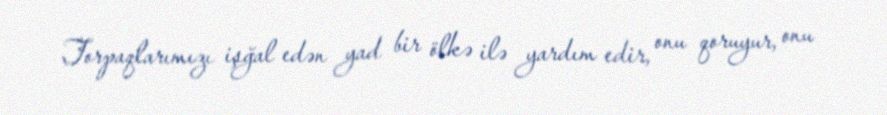
Torpaqlarımızı işğal edən yad bir ölkə ilə yardım edir, onu qoruyur, onu